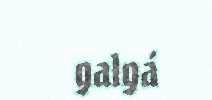
galgá